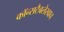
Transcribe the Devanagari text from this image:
कॉन्सटैबलेरवाच